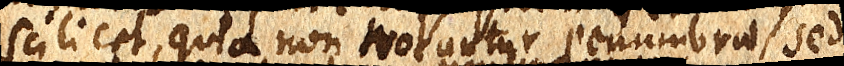
scilicet, quia non notantur penumbrae, sed